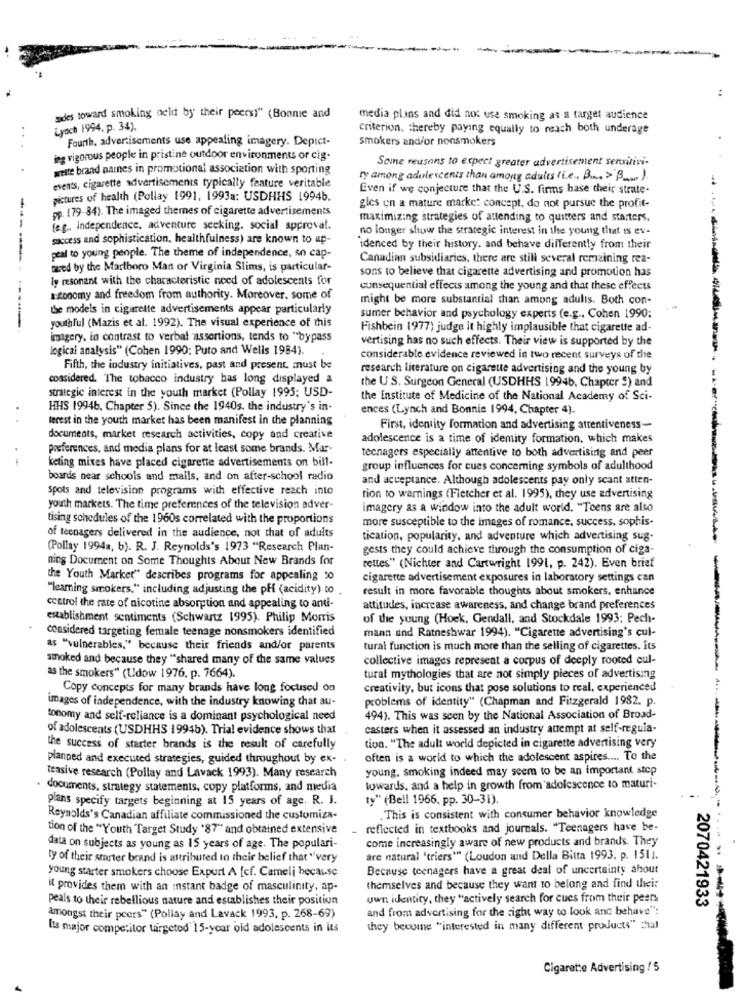
aides toward smoking deld by their peersi" (Bonnie and
media plans and did not use smoking as a target audience
Lyoch 1994. p. 34).
criterion, thereby paying equally to reach both underage
Fourth, advertisements use appealing imagery. Depict-
smokers and/or nonsmokers
ing vigorous people in pristine outdoor environments or cig.
Some reasons to expect greater advertisement sensitivi-
weite brand names in promotional association with sporting
ry among adolescents than among adults "i.e ., B .... >"B _... ).
even's, cigarette advertisements typically feature veritable
Even if we conjecture that the U.S. firms base their strate-
pictures of health (Pollay 1991, 1993a: USDHHS 1994b.
pp. (79-84). The imaged themes of cigarette advertisements
gies en a mature marke: concept, do not pursue the profit-
maximizing strategies of attending to quitters and starters.
(e.g ., Independence, adventure seeking. social approval.
no longer show the strategic interest in the young that is ev-
success and sophistication, healthfulness) are known to up-
idenced by their history, and behave differently from their
----
peal to young people. The theme of independence, so cap-
Canadian subsidiaries, there are still several remaining rea-
wwred by the Marlboro Man or Virginia Slims, is particular-
sons to believe that cigarette advertising and promotion has
ly resonant with the characteristic need of adolescents for
consequential effecis among the young and that these effects
--
a-zonomy and freedom from authority. Moreover, some of
might be more substantial than among adults. Both con-
the models in cigarette advertisements appear particularly
sumer behavior and psychology experts (e.g ., Cohen 1990;
youthful (Mazis et al. 1992). The visual experience of this
Fishbein 1977) judge it highly implausible that cigarette ad-
imagery, in contrast to verbal assertions, tends to "bypass
vertising has no such effects. Their view is supported by the
logical analysis" (Cohen 1990: Puto and Wells 1984).
considerable evidence reviewed in two recent surveys of the
Fifth, the industry initiatives, past and present, must be
research literature on cigarette advertising and the young by
considered. The tobacco industry has long displayed a
strategic interest in the youth market (Pollay 1995; USD-
the U.S. Surgeon General (USDHHS 19946, Chapter S) and
the Institute of Medicine of the National Academy of Sci-
HHS 19946, Chapter 5). Since the 1940s. the industry's in-
ences (Lynch and Bonnie 1994, Chapter 4).
terest in the youth market has been manifest in the planning
First, identity formation and advertising attentiveness-
documents, market research activities, copy and creative
adolescence is a time of identity formation, which makes
preferences, and media plans for at least some brands. Mar-
teenagers especially attentive to both advertising and peer
.-
keting mixes have placed cigarette advertisements on bill-
group influences for cues concerning symbols of adulthood
boards near schools and mails, and on after-school radio
and acceptance. Although adolescents pay only scant atten-
spots and television programs with effective reach into
tion to warnings (Fletcher et al. 1995), they use advertising
youth markets. The time preferences of the television adver-
imagery as a window into the adult world. "Teens are also
tising schedules of the 1960s correlated with the proportions
more susceptible to the images of romance. success, sophis.
of teenagers delivered in the audience, not that of adults
tication, popularity, and adventure which advertising sug-
(Pollay 1994a, b). R. J. Reynolds's 1973 "Research Plan-
gests they could achieve through the consumption of ciga-
ning Document on Some Thoughts About New Brands for
rettes" (Nichter and Cartwright 1991, p. 242). Even brief
the Youth Market" describes programs for appealing 0
cigarette advertisement exposures in laboratory settings can
"learning smokers," including adjusting the pH (acidity) to
result in more favorable thoughts about smokers, enhance
control the rate of nicotine absorption and appealing to anti-
attitudes, increase awareness, and change brand preferences
establishment sentiments (Schwartz 1995). Philip Morris
of the young (Hoek, Gendall, and Stockdale 1993; Pech-
considered targeting female teenage nonsmokers identified
mann and Ratneshwar 1994). "Cigarette advertising's cul-
as "vulnerables," because their friends and/or parents
tural function is much more than the selling of cigarettes. Its
smoked and because they "shared many of the same values
collective images represent a corpus of deeply rooted cul-
as the smokers" (Udow 1976, p. 7664).
tural mythologies that are not simply pieces of advertising
Copy concepts for many brands have long focused on
creativity, but icons that pose solutions to real, experienced
images of independence, with the industry knowing that au-
problems of identity" (Chapman and Fitzgerald 1982. p.
tonomy and self-reliance is a dominant psychological need
494). This was seen by the National Association of Broad-
of adolescents (USDHHS 19946). Trial evidence shows that
casters when it assessed an industry attempt at self-reguia-
the success of starter brands is the result of carefully
tion. "The adult world depicted in cigarette advertising very
planned and executed strategies, guided throughout by ex-
often is a world to which the adolescent aspires .... To the
young, smoking indeed may seem to be an important stop
tensive research (Pollay and Lavack 1993). Many research
. documents, strategy statements, copy platforms, and media
towards, and a help in growth from adolescence to maturi-
plans specify targets beginning at 15 years of age. R. J.
ty" (Bell 1966, pp. 30-31).
Reynolds's Canadian affiliate commissioned the customiza-
.This is consistent with consumer behavior knowledge
tion of the "Youth Target Study "87" and obtained extensive
reflected in textbooks and journals. "Teenagers have be-
come increasingly aware of new products and brands. They
data on subjects as young as 15 years of age. The populari-
ty of their smarter brand is attributed in their belief that "very
are natural 'triers"" (Loudon and Della Bitta 1993. p. 1511.
0704
Because teenagers have a great deal of uncertainty about
young starter smokers choose Export A fcf. Cameli because
it provides them with an instant badge of masculinity, ap-
themselves and because they want to belong and find their
peals to their rebellious nature and establishes their position
own identity, they "actively search for cues from their pears
and from advertising for the right way to look and behave":
2070421933
--------
amongst their pcers" (Pollay and Lavack 1993, p. 268-69)
Its major competitor targetod 15-year old adolescents in its
they beouine "interested in many different products" chal
Cigarette Advertising / 5